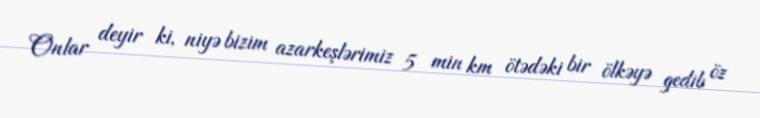
Onlar deyir ki, niyə bizim azarkeşlərimiz 5 min km ötədəki bir ölkəyə gedib öz